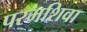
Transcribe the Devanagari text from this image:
परमशिवा